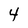
Character: 4